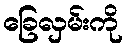
ခြေလှမ်းကို